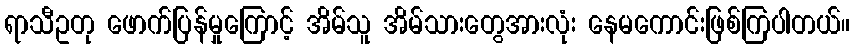
ရာသီဥတု ဖောက်ပြန်မှုကြောင့် အိမ်သူ အိမ်သားတွေအားလုံး နေမကောင်းဖြစ်ကြပါတယ်။